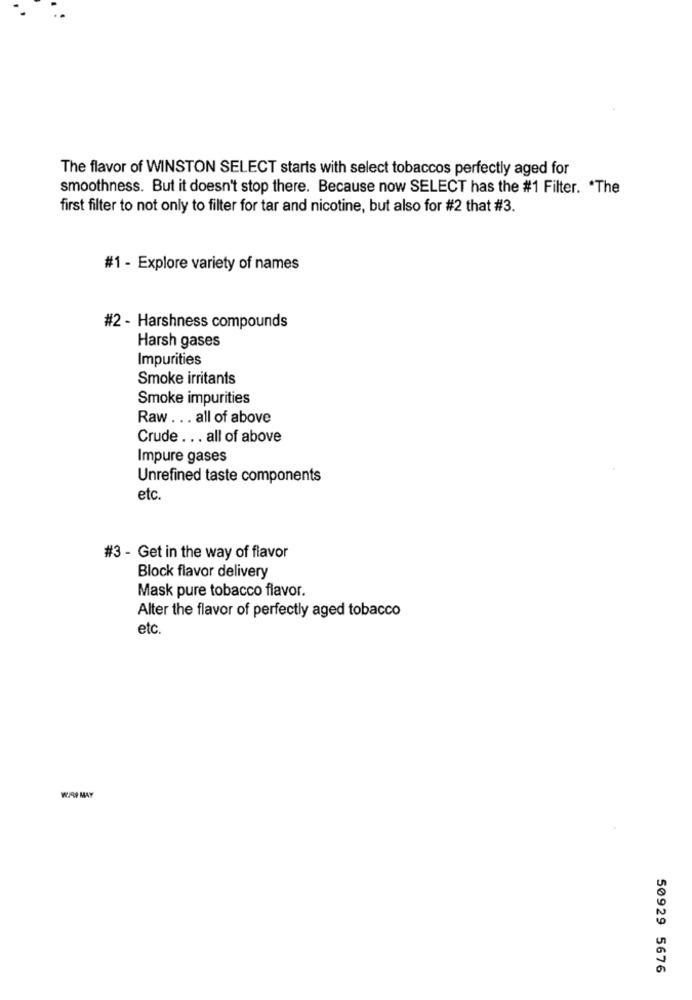
The flavor of WINSTON SELECT starts with select tobaccos perfectly aged for
smoothness. But it doesn't stop there. Because now SELECT has the #1 Filter. * The
first filter to not only to filter for tar and nicotine, but also for #2 that #3.
#1 - Explore variety of names
#2 - Harshness compounds
Harsh gases
Impurities
Smoke irritants
Smoke impurities
Raw ... all of above
Crude ... all of above
Impure gases
Unrefined taste components
etc.
#3 - Get in the way of flavor
Block flavor delivery
Mask pure tobacco flavor.
Alter the flavor of perfectly aged tobacco
etc.
WAP MAY
50929 5676